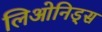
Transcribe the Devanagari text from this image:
लिओनिड्‌स